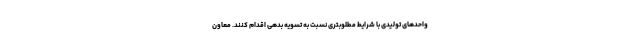
واحد‌های تولیدی با شرایط مطلوبتری نسبت به تسویه بدهی اقدام کنند. معاون